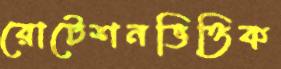
রোটেশনভিত্তিক